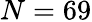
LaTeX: N=69